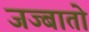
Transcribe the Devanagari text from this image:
जज्बातो